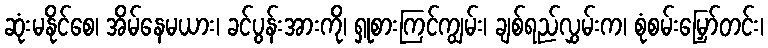
ဆုံးမနိုင်စေ၊ အိမ်နေမယား၊ ခင်ပွန်းအားကို၊ ရှုစားကြင်ကျွမ်း၊ ချစ်ရည်လွှမ်းက၊ စုံစမ်းမြှော်တင်း၊